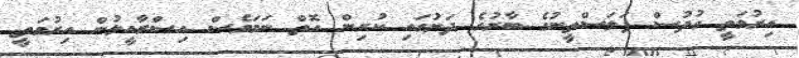
އިރުމަތީ ގުދުސް ފަލަސްތީނުގެ ބާރުގެ ދަށުގައި ކުރިން އޮތް ނަމަވެސް އިސްރާއީލުން އިރުމަތީ